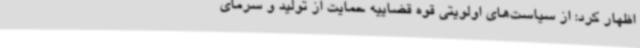
اظهار کرد: از سیاست‌های اولویتی قوه قضاییه حمایت از تولید و سرمای